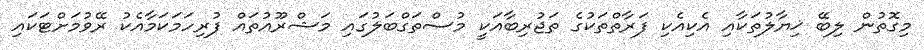
މިގޮތުން ލިބޭ ޚިޔާލުތަކާއި އެކިއެކި ފަރާތްތަކުގެ ތަޖުރިބާއަކީ މުސްތަގްބަލުގައި މަޝްރޫއުތައް ފުރިހަމަކަމާއެކު ރޭވުމަށްޓަކައި